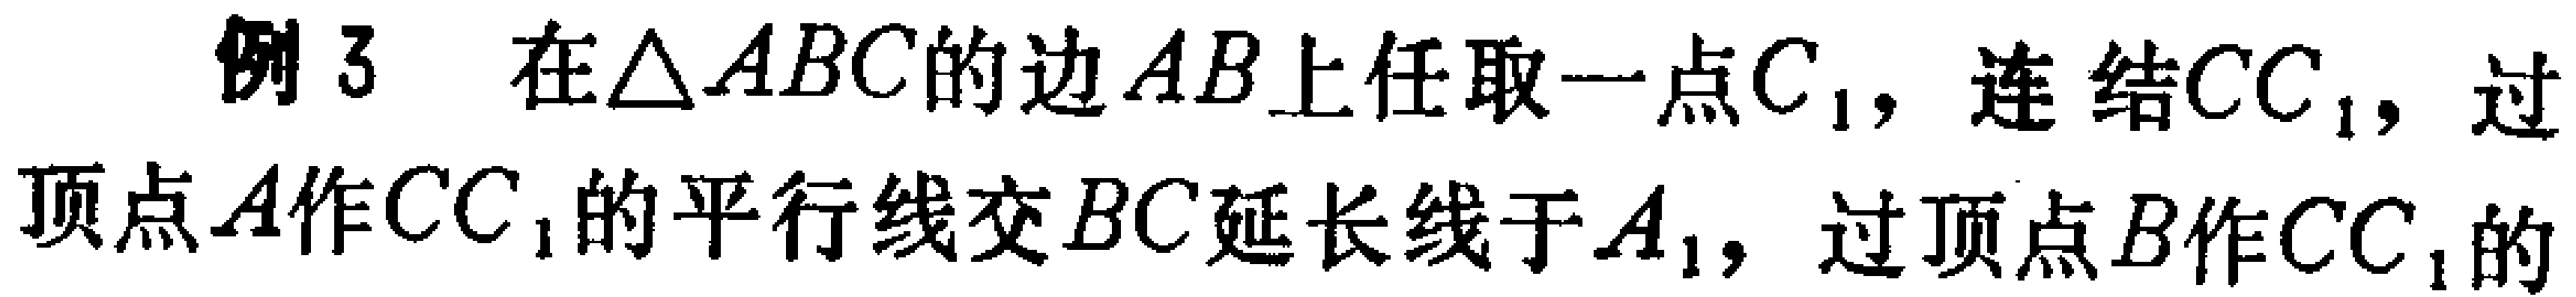
例 3 在$\triangle ABC$的边$AB$上任取一点$C_{1}$，连结$CC_{1}$，过顶点$A$作$CC_{1}$的平行线交$BC$延长线于$A_{1}$，过顶点$B$作$CC_{1}$的